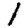
Digit: 1